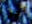
أجل